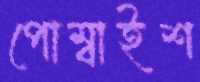
পোম্বাইশ